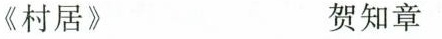
《村居》 贺知章